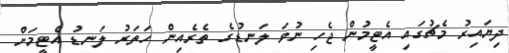
ދިޔައިރު މެޗުގައި އެޓީމުން ޖެހި ނުވަ ލަނޑުގެ ތެރެއިން ހަތަރު ލަނޑު އެޓީމަށް